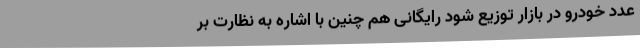
عدد خودرو در بازار توزیع شود رایگانی هم چنین با اشاره به نظارت بر